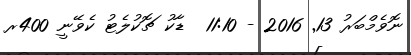
ނޮވެމްބަރު 13